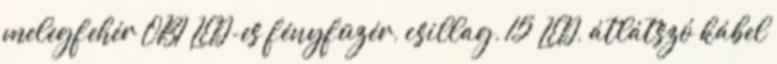
melegfehér OBI LED-es fényfüzér, csillag, 15 LED, átlátszó kábel